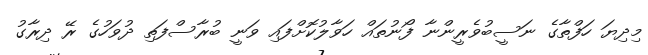
މިދިޔަ ހަފްތާގެ ނަސީބުވެރީންނާ ފޯނުތައް ހަވާލުކޮށްފައި ވަނީ ބުރާސްފަތި ދުވަހުގެ ރޭ ދިރާގު